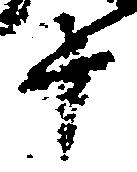
十